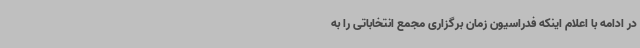
در ادامه با اعلام اینکه فدراسیون زمان برگزاری مجمع انتخاباتی را به